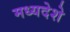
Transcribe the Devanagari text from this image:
मध्यदेशे